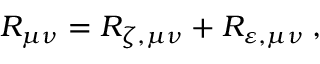
\begin{array} { r } { R _ { \mu \nu } = R _ { \zeta , \mu \nu } + R _ { \varepsilon , \mu \nu } \: , } \end{array}